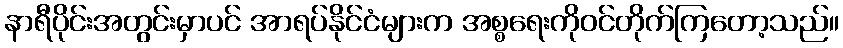
နာရီပိုင်းအတွင်းမှာပင် အာရပ်နိုင်ငံများက အစ္စရေးကိုဝင်တိုက်ကြတော့သည်။